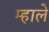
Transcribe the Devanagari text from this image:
म्हाले